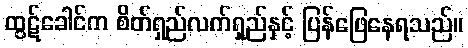
ထွဋ်ခေါင်က စိတ်ရှည်လက်ရှည်နှင့် ပြန်ဖြေနေရသည်။